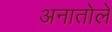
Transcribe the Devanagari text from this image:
अनातोले